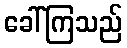
ခေါ်ကြသည်